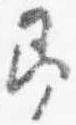
即